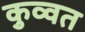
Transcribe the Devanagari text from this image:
कुव्‍वत